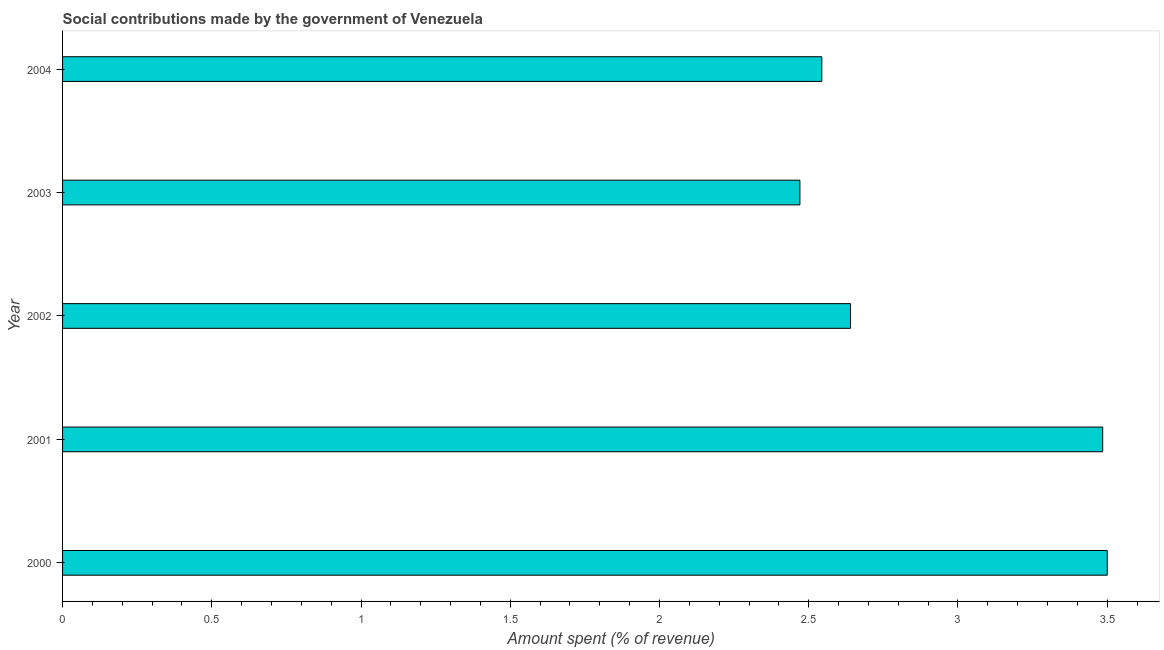
| Year | Social contributions |
 | --- | --- |
 | 2000 | 3.5 |
 | 2001 | 3.49 |
 | 2002 | 2.64 |
 | 2003 | 2.47 |
 | 2004 | 2.54 |